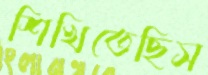
শিখিতেছিস